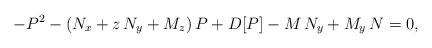
LaTeX: \begin{align*}-{P}^{2} - \left( N_x+z\,N_y+M_z \right) P+ D[P] -M\,N_y+M_y\,N=0,\end{align*}